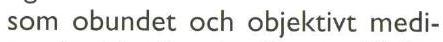
som obundet och objektivt medi-